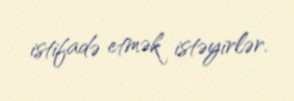
istifadə etmək istəyirlər.